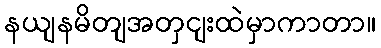
နယျနမိတျအတှငျးထဲမှာကာတာ။